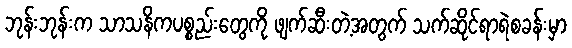
ဘုန်းဘုန်းက သာသနိကပစ္စည်းတွေကို ဖျက်ဆီးတဲ့အတွက် သက်ဆိုင်ရာရဲစခန်းမှာ